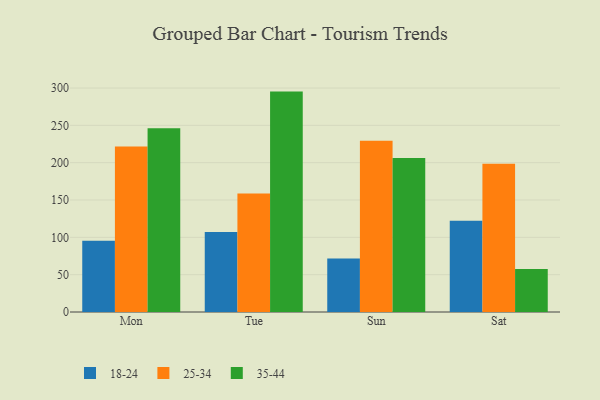
{"axis": {"x": "Day", "y": "Bounce Rate (%)"}, "legend": ["18-24", "25-34", "35-44"], "data": [{"x": "Mon", "y": 95.4, "type": "18-24"}, {"x": "Mon", "y": 221.7, "type": "25-34"}, {"x": "Mon", "y": 246.0, "type": "35-44"}, {"x": "Tue", "y": 107.1, "type": "18-24"}, {"x": "Tue", "y": 158.6, "type": "25-34"}, {"x": "Tue", "y": 295.2, "type": "35-44"}, {"x": "Sun", "y": 71.5, "type": "18-24"}, {"x": "Sun", "y": 229.4, "type": "25-34"}, {"x": "Sun", "y": 206.3, "type": "35-44"}, {"x": "Sat", "y": 122.3, "type": "18-24"}, {"x": "Sat", "y": 198.5, "type": "25-34"}, {"x": "Sat", "y": 57.6, "type": "35-44"}]}